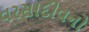
વરસાદીવનો